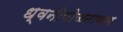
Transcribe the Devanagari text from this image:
ध्वनीयोजनाकार